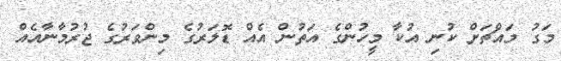
މަގު މައްޗަށް ކުނި އުކާ މީހުންގެ އަތުން އެއް ޑޮލަރުގެ މިންވަރުގެ ޖުރުމާނާއެއް